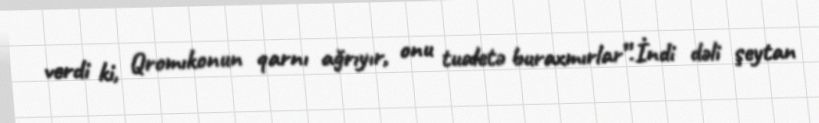
verdi ki, Qromıkonun qarnı ağrıyır, onu tualetə buraxmırlar”.İndi dəli şeytan